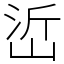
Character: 峾